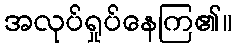
အလုပ်ရှုပ်နေကြ၏။